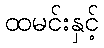
ထမင်းနှင့်